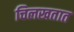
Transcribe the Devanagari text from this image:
चिलखतात